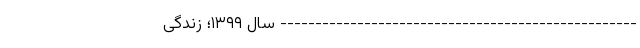
--------------------------------------------------- سال ۱۳۹۹؛ زندگی